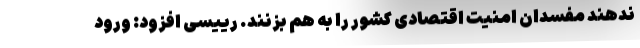
ندهند مفسدان امنیت اقتصادی کشور را به هم بزنند. رییسی افزود: ورود